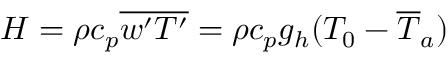
H = \rho c _ { p } \overline { { w ^ { \prime } T ^ { \prime } } } = \rho c _ { p } g _ { h } ( { T } _ { 0 } - \overline { { T } } _ { a } )